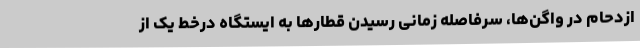
ازدحام در واگن‌ها، سرفاصله زمانی رسیدن قطارها به ایستگاه درخط یک از